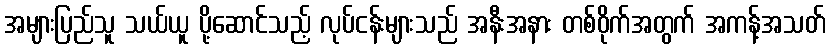
အများပြည်သူ သယ်ယူ ပို့ဆောင်သည့် လုပ်ငန်းများသည် အနီးအနား တစ်ဝိုက်အတွက် အကန့်အသတ်